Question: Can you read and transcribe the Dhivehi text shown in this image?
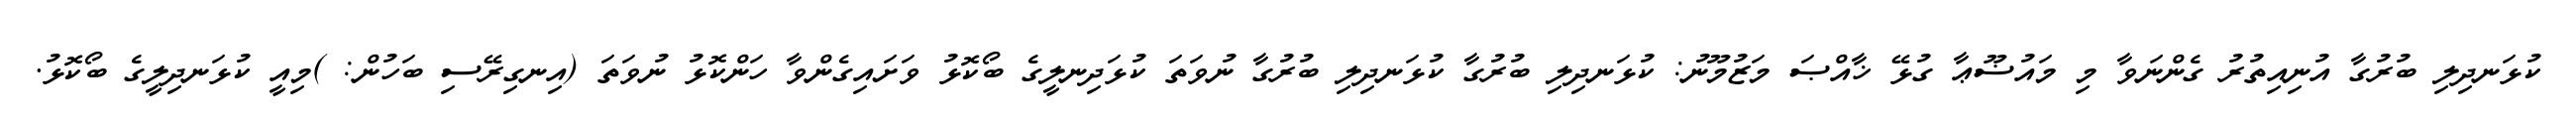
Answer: ކުޅަނދިލި ބުރުގާ އުނިއިތުރު ގެންނަވާ މި މައުޟޫޢާ ގުޅޭ ޚާއްޞަ މަޒުމޫނު: ކުޅަނދިލި ބުރުގާ ކުޅަނދިލި ބުރުގާ ނުވަތަ ކުޅަދިނލީގެ ބޯކޮޅު ވަށައިގެންވާ ހަންކޮޅު ނުވަތަ (އިނގިރޭސި ބަހުން: )މިއީ ކުޅަނދިލީގެ ބޯކޮޅު.